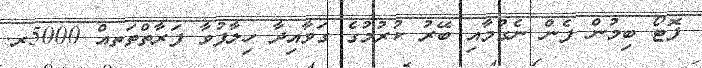
ފޮޓޯ ބިމުން ފެން ނެގުމާއި ބޭރު ކުރުމުގެ ގަވާއިދާ ހިލާފުވާ ފަރާތްތަތއް 5000ރ.